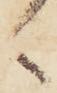
く